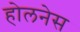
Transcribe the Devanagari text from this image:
होलनेस